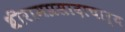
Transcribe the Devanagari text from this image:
श्रीरामप्रसादाचार्य